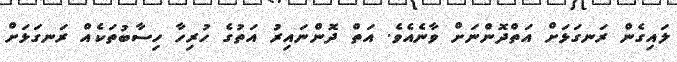
ލައިގެން ރަނގަޅަށް އަތްދޮންނަށް ވާނެއެވެ. އަތް ދޮންނައިރު އަތުގެ ހުރިހާ ހިސާބުތަކެއް ރަނގަޅަށް